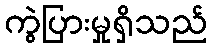
ကွဲပြားမှုရှိသည်